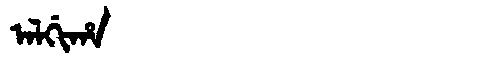
Manchu: ᠠᠯᡤᡳᡥᠠ
Romanization: ALGIHA